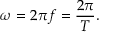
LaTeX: \omega = 2 \pi f = { \frac { 2 \pi } { T } } .